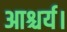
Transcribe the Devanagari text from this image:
आश्चर्य।